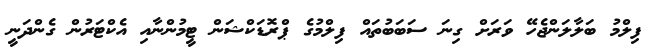
ފިލްމު ބަލާލަންޖެހޭ ވަރަށް ގިނަ ސަބަބުތައް ފިލްމުގެ ޕްރޮޑަކްޝަން ޓީމުންނާއި އެކްޓަރުން ގެންދަނީ